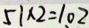
5 1 \times 2 = 1 、 0 2